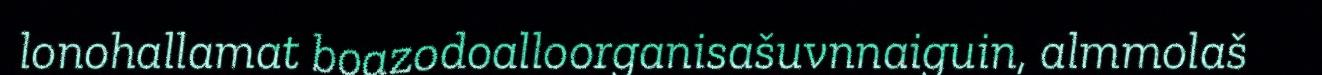
lonohallamat boazodoalloorganisašuvnnaiguin, almmolaš